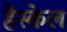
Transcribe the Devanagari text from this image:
हैस्केल